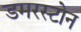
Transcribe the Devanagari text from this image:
डमरस्टोन